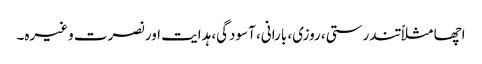
اچھا مثلاً تندرستی، روزی، بارانی، آسودگی، ہدایت اور نصرت وغیرہ۔